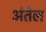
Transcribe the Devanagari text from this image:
अंतेल